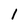
Character: 1